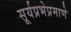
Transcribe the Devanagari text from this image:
सूर्यप्रभेप्रमाणे